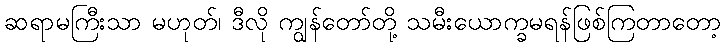
ဆရာမကြီးသာ မဟုတ်၊ ဒီလို ကျွန်တော်တို့ သမီးယောက္ခမရန်ဖြစ်ကြတာတော့